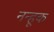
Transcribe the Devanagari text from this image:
नन्हूक